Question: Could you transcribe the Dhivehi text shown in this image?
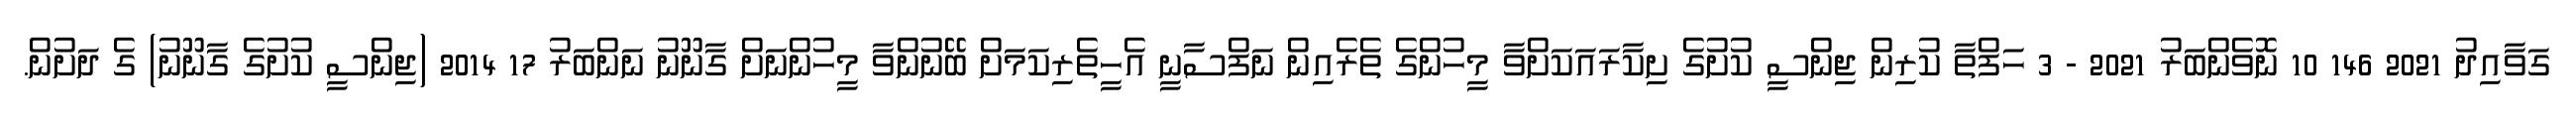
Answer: ގަވާއިދު 2021 146 10 ނޮވެންބަރު 2021 - 3 ހަފްތާ ކުރިން ޖިންސީ ކުށުގެ ށިކާރައަކަށްވާ މީހުންގެ ތެރެއިން ނަފްސާނީ އެހީތެރިކަމަށް ބޭނުންވާ މީހުންނަށް ގާނޫނު ނަންބަރު 17 2014 (ޖިންސީ ކުށުގެ ގާނޫނު) ގެ ދަށުން.